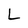
Character: L